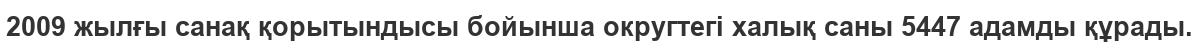
2009 жылғы санақ қорытындысы бойынша округтегі халық саны 5447 адамды құрады.